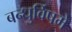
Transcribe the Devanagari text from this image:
बन्धुर्विषमे